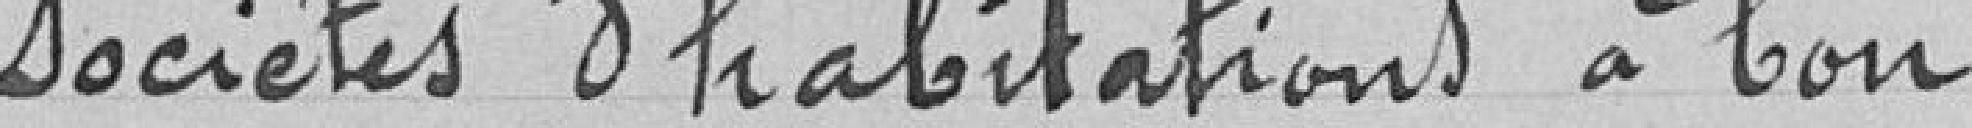
Sociétés d'habitations à bon